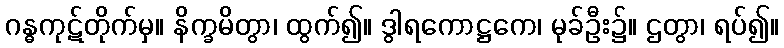
ဂန္ဓကုဋ်တိုက်မှ။ နိက္ခမိတွာ၊ ထွက်၍။ ဒွါရကောဋ္ဌကေ၊ မုခ်ဦး၌။ ဌတွာ၊ ရပ်၍။